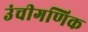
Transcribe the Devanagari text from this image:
उंचीगणिक